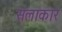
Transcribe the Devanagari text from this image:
सलाकार